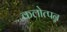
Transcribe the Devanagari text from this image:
कलोत्पन्न